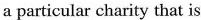
a particular charity that is